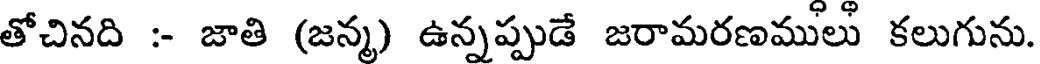
తోచినది :- జాతి (జన్మ) ఉన్నప్పుడే జరామరణములు కలుగును.